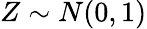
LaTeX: Z\sim N(0,1)